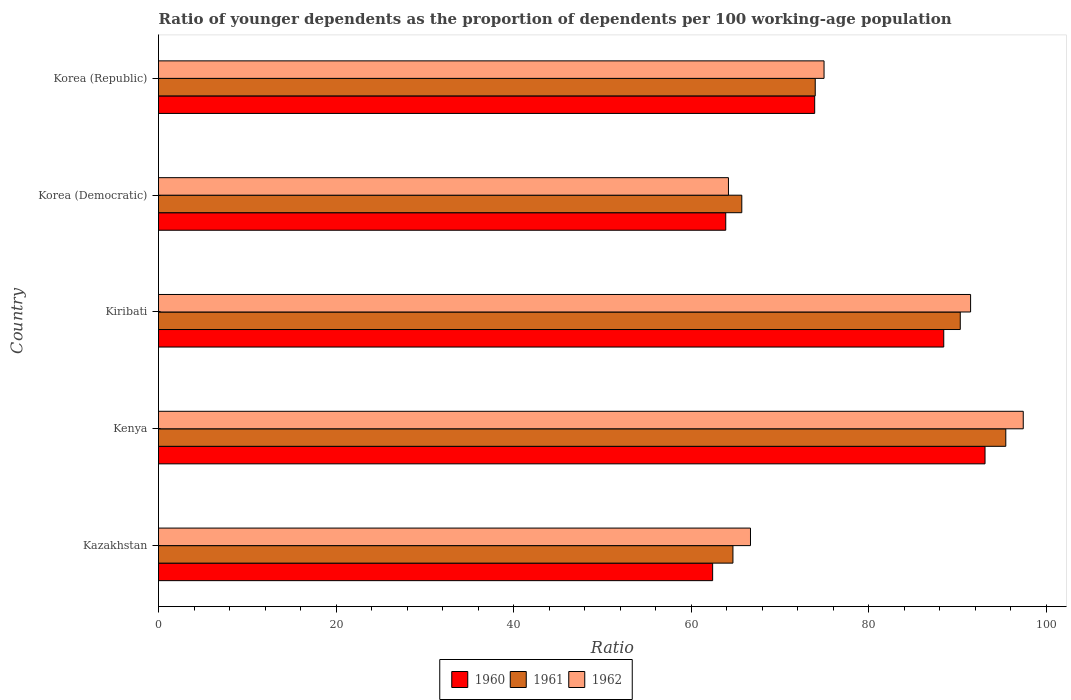
| Country | 1960 | 1961 | 1962 |
 | --- | --- | --- | --- |
 | Kazakhstan | 62.4 | 64.7 | 66.7 |
 | Kenya | 93.1 | 95.4 | 97.4 |
 | Kiribati | 88.4 | 90.3 | 91.5 |
 | Korea (Democratic) | 63.9 | 65.7 | 64.2 |
 | Korea (Republic) | 73.9 | 74 | 75 |